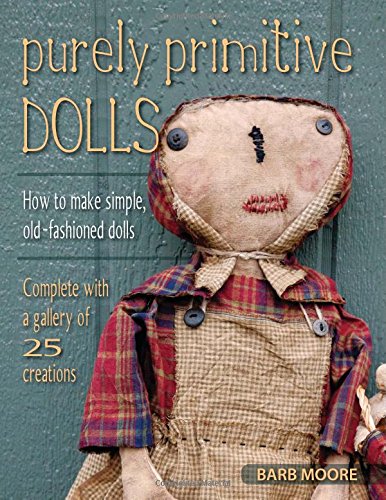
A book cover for Purely Primitive Dolls: How to Make Simple, Old-Fashioned Dolls; Barb Moore; Crafts, Hobbies & Home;